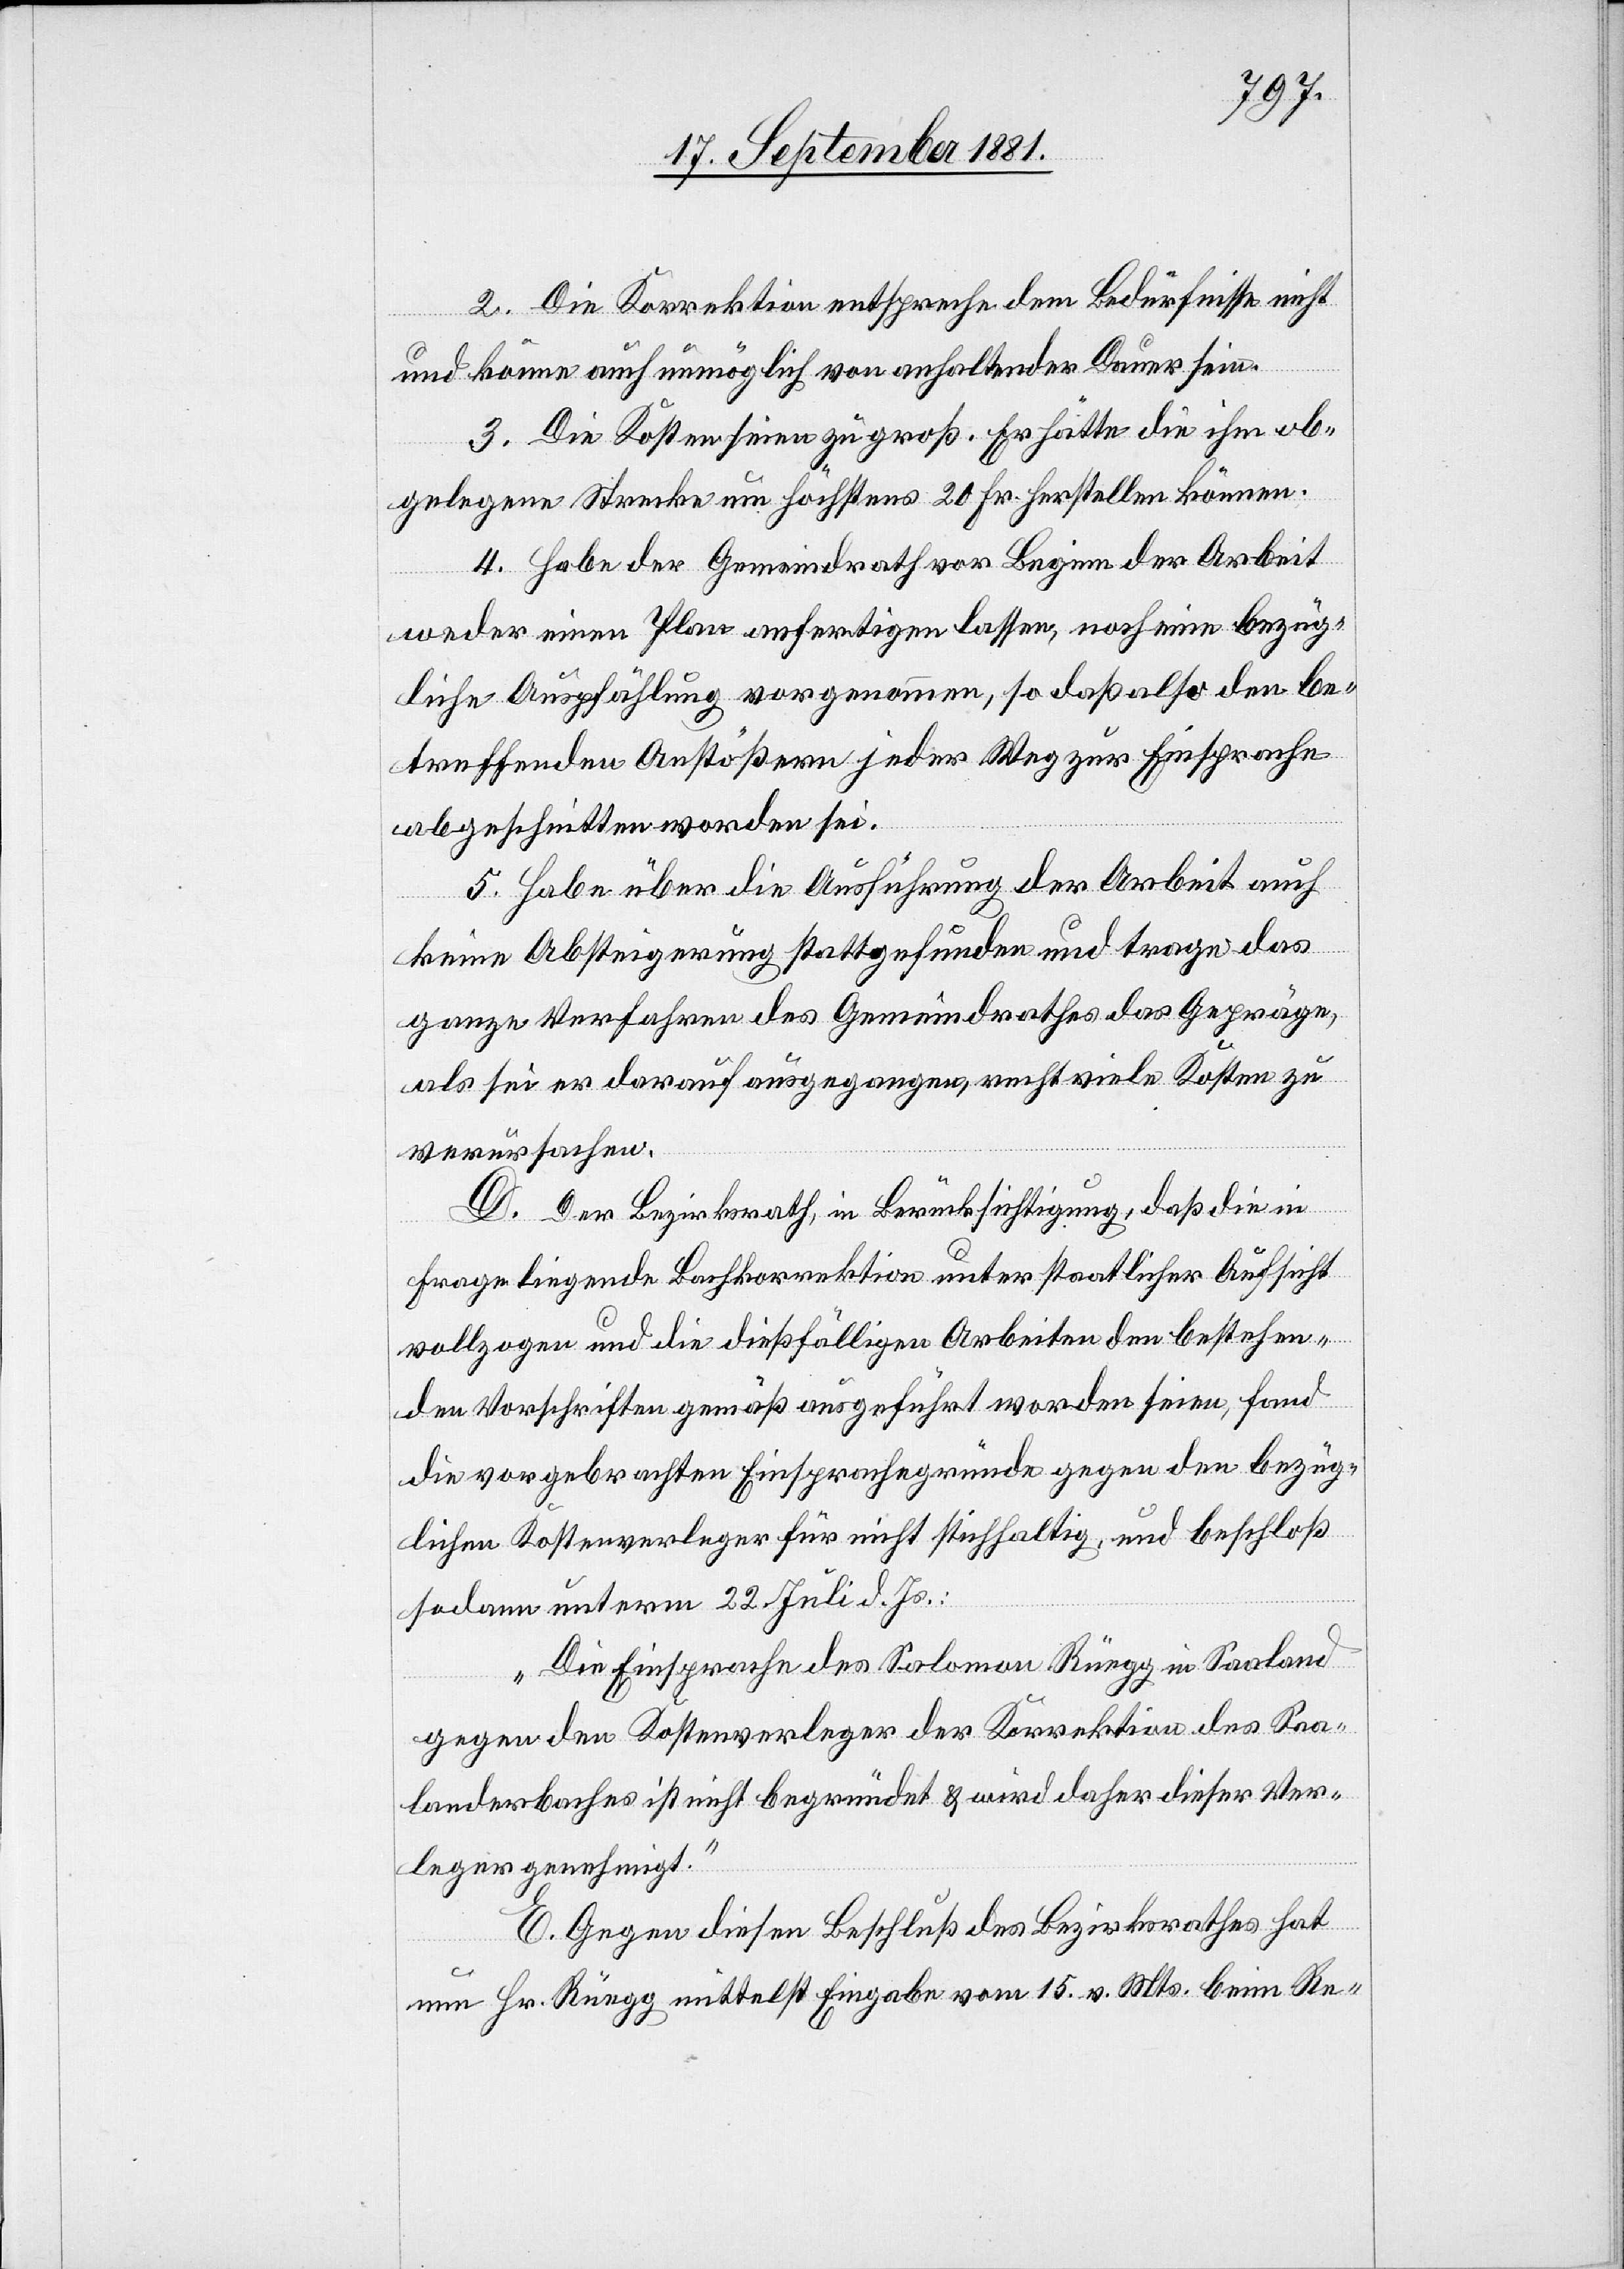
2. Die Korrektion entspreche dem Bedürfnisse nicht
und könne auch unmöglich von anhaltender Dauer sein.
3. Die Kosten seien zu groß. Er hätte die ihm ob¬
gelegene Strecke um höchstens 20 Fr. herstellen können.
4. Habe der Gemeindrath vor Beginn der Arbeit
weder einen Plan anfertigen lassen, noch eine bezüg¬
liche Auspfählung vorgenommen, so daß also den be¬
treffenden Anstößern jeder Weg zur Einsprache
abgeschnitten worden sei.
5. Habe über die Ausführung der Arbeit auch
keine Absteigerung stattgefunden und trage das
ganze Verfahren des Gemeindrathes das Gepräge,
als sei er darauf ausgegangen, recht viele Kosten zu
verursachen.
D. Der Bezirksrath, in Berücksichtigung, daß die in
Frage liegende Bachkorrektion unter staatlicher Aufsicht
vollzogen und die dießfälligen Arbeiten den bestehen¬
den Vorschriften gemäß ausgeführt worden seien, fand
die vorgebrachten Einsprachegründe gegen den bezüg¬
lichen Kostenverleger für nicht stichhaltig, und beschloß
sodann unterm 22. Juli d. Js.:
„Die Einsprache des Salomon Rüegg in Saaland
gegen den Kostenverleger der Korrektion des Saa¬
landerbaches ist nicht begründet & wird daher dieser Ver¬
leger genehmigt.“
E. Gegen diesen Beschluß des Bezirksrathes hat
nun Hr. Rüegg mittelst Eingabe vom 15. v. Mts. beim Re-